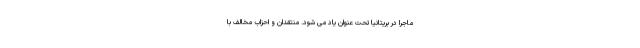
ماجرا در بریتانیا تحت عنوان یاد می شود. منتقدان و احزاب مخالف با